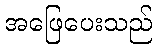
အဖြေပေးသည်